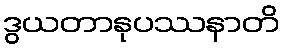
ဒွယတာနုပဿနာတိ